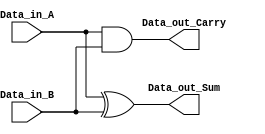
module half_adder(
    Data_in_A,
    Data_in_B,
    Data_out_Sum,
    Data_out_Carry
    );

    //what are the input ports.
    input Data_in_A;
    input Data_in_B;
    //What are the output ports.
    output Data_out_Sum;
     output Data_out_Carry;
     
     //Implement the Sum and Carry equations using Verilog Bit operators.
     assign Data_out_Sum = Data_in_A ^ Data_in_B;  //XOR operation
     assign Data_out_Carry = Data_in_A & Data_in_B; //AND operation
    
endmodule

module full_adder(
    Data_in_A,  //input A
    Data_in_B,  //input B
    Data_in_C,  //input C
     Data_out_Sum,
     Data_out_Carry
    );

    //what are the input ports.
    input Data_in_A;
    input Data_in_B;
     input Data_in_C;
    //What are the output ports.
    output Data_out_Sum;
     output Data_out_Carry;
     //Internal variables
     wire ha1_sum;
     wire ha2_sum;
     wire ha1_carry;
     wire ha2_carry;
     wire Data_out_Sum;
     wire Data_out_Carry;

     //Instantiate the half adder 1
    half_adder  ha1(
        .Data_in_A(Data_in_A),
        .Data_in_B(Data_in_B),
        .Data_out_Sum(ha1_sum),
        .Data_out_Carry(ha1_carry)
    );
    
    //Instantiate the half adder 2
    half_adder  ha2(
        .Data_in_A(Data_in_C),
        .Data_in_B(ha1_sum),
        .Data_out_Sum(ha2_sum),
        .Data_out_Carry(ha2_carry)
    );

    //sum output from 2nd half adder is connected to full adder output
    assign Data_out_Sum = ha2_sum;  
    //The carry's from both the half adders are OR'ed to get the final carry./
    assign Data_out_Carry = ha1_carry | ha2_carry;
    
endmodule

module wallace32(compA, compB, prod, ovf);
    input [31:0] compA, compB;
    output [31:0] prod;
	output ovf; // Overflow

	wire [63:0] p;

	// If MSB = 1 do twos comp
	wire [31:0] a, b;
	assign a = compA[31] ? (~compA) + 1 : compA; // 2s comp A to positive
	assign b = compB[31] ? (~compB) + 1 : compB; // 2s comp B to positive

	// Flag to check for 2s comp flip
	wire twosComp;
	assign twosComp = compA[31] ^ compB[31];

	wire [63:0] compProd;
	assign compProd = twosComp ? (~p) + 1 : p;

	// Check overflow into high 32 bits
	wire allones, allzeros, highBit, msb_match;
	assign allones = & compProd[63:32];
	assign allzeros = | compProd[63:32];
	assign topAllSame = allones ^ allzeros; //ovf = 1 if !allzeros and !allones
	assign msb_match = allzeros ^ compProd[31];
	assign ovf = topAllSame | msb_match; //signMismatch;// || zero2it;*/


	//Check if a != 0, b != 0, and p = 0 then ovf
	/*wire zeroOvf, zero2it;
	assign zeroOvf = a && b && ~p[31:0];
	//check signs match
	wire signMismatch;
	xor(signMismatch, a[31], b[31], p[31]); //(a[31] & b[31] & p[31]) | (a[31] & ~b[31] & ~p[31]) | (~a[31] & ~b[31] & p[31]) | (~a[31] & b[31] & ~p[31]);
	
	// Ovf if mismatch | highBit
	assign zero2it = (signMismatch == 0) && (zeroOvf == 1);
	assign ovf = signMismatch;*/


	//Assign lower half of p
	assign prod = compProd[31:0];


    wire Cout;

wire [32:0] c1;
wire [32:0] c2;
wire [32:0] c3;
wire [32:0] c4;
wire [32:0] c5;
wire [32:0] c6;
wire [32:0] c7;
wire [32:0] c8;
wire [32:0] c9;
wire [32:0] c10;
wire [32:0] c11;
wire [32:0] c12;
wire [32:0] c13;
wire [32:0] c14;
wire [32:0] c15;
wire [32:0] c16;
wire [32:0] c17;
wire [32:0] c18;
wire [32:0] c19;
wire [32:0] c20;
wire [32:0] c21;
wire [32:0] c22;
wire [32:0] c23;
wire [32:0] c24;
wire [32:0] c25;
wire [32:0] c26;
wire [32:0] c27;
wire [32:0] c28;
wire [32:0] c29;
wire [32:0] c30;
wire [32:0] c31;
wire [32:0] c32;
assign c1[0] = 1'b0;
assign c2[0] = 1'b0;
assign c3[0] = 1'b0;
assign c4[0] = 1'b0;
assign c5[0] = 1'b0;
assign c6[0] = 1'b0;
assign c7[0] = 1'b0;
assign c8[0] = 1'b0;
assign c9[0] = 1'b0;
assign c10[0] = 1'b0;
assign c11[0] = 1'b0;
assign c12[0] = 1'b0;
assign c13[0] = 1'b0;
assign c14[0] = 1'b0;
assign c15[0] = 1'b0;
assign c16[0] = 1'b0;
assign c17[0] = 1'b0;
assign c18[0] = 1'b0;
assign c19[0] = 1'b0;
assign c20[0] = 1'b0;
assign c21[0] = 1'b0;
assign c22[0] = 1'b0;
assign c23[0] = 1'b0;
assign c24[0] = 1'b0;
assign c25[0] = 1'b0;
assign c26[0] = 1'b0;
assign c27[0] = 1'b0;
assign c28[0] = 1'b0;
assign c29[0] = 1'b0;
assign c30[0] = 1'b0;
assign c31[0] = 1'b0;
assign c32[0] = 1'b0;
wire [32:0] s1;
wire [32:0] s2;
wire [32:0] s3;
wire [32:0] s4;
wire [32:0] s5;
wire [32:0] s6;
wire [32:0] s7;
wire [32:0] s8;
wire [32:0] s9;
wire [32:0] s10;
wire [32:0] s11;
wire [32:0] s12;
wire [32:0] s13;
wire [32:0] s14;
wire [32:0] s15;
wire [32:0] s16;
wire [32:0] s17;
wire [32:0] s18;
wire [32:0] s19;
wire [32:0] s20;
wire [32:0] s21;
wire [32:0] s22;
wire [32:0] s23;
wire [32:0] s24;
wire [32:0] s25;
wire [32:0] s26;
wire [32:0] s27;
wire [32:0] s28;
wire [32:0] s29;
wire [32:0] s30;
wire [32:0] s31;
wire [32:0] s32;
wire [32:0] s33;
wire [31:0] w1;
wire [31:0] w2;
wire [31:0] w3;
wire [31:0] w4;
wire [31:0] w5;
wire [31:0] w6;
wire [31:0] w7;
wire [31:0] w8;
wire [31:0] w9;
wire [31:0] w10;
wire [31:0] w11;
wire [31:0] w12;
wire [31:0] w13;
wire [31:0] w14;
wire [31:0] w15;
wire [31:0] w16;
wire [31:0] w17;
wire [31:0] w18;
wire [31:0] w19;
wire [31:0] w20;
wire [31:0] w21;
wire [31:0] w22;
wire [31:0] w23;
wire [31:0] w24;
wire [31:0] w25;
wire [31:0] w26;
wire [31:0] w27;
wire [31:0] w28;
wire [31:0] w29;
wire [31:0] w30;
wire [31:0] w31;
wire [31:0] w32;

    genvar i;
    generate
        for (i = 0; i < 32; i = i + 1) begin
            assign s1[i] = a[i] & b[0];
        end
    endgenerate

//--------------- LVL 2 --------------------------
genvar ab;
generate
	for (ab = 0; ab < 31; ab = ab + 1) begin
		assign w1[ab] = a[ab] & b[1];
		full_adder f2(w1[ab], s1[ab + 1], c1[ab], s2[ab], c1[ab + 1]);
	end
endgenerate
assign w1[31] = a[31] & b[1];
full_adder f313(w1[31], 1'b0, c1[31], s2[31], c1[32]);

//--------------- LVL 3 --------------------------
genvar ac;
generate
	for (ac = 0; ac < 31; ac = ac + 1) begin
		assign w2[ac] = a[ac] & b[2];
		full_adder f3(w2[ac], s2[ac + 1], c2[ac], s3[ac], c2[ac + 1]);
	end
endgenerate
assign w2[31] = a[31] & b[2];
full_adder f314(w2[31], c1[32], c2[31], s3[31], c2[32]);

//--------------- LVL 4 --------------------------
genvar ad;
generate
	for (ad = 0; ad < 31; ad = ad + 1) begin
		assign w3[ad] = a[ad] & b[3];
		full_adder f4(w3[ad], s3[ad + 1], c3[ad], s4[ad], c3[ad + 1]);
	end
endgenerate
assign w3[31] = a[31] & b[3];
full_adder f315(w3[31], c2[32], c3[31], s4[31], c3[32]);

//--------------- LVL 5 --------------------------
genvar ae;
generate
	for (ae = 0; ae < 31; ae = ae + 1) begin
		assign w4[ae] = a[ae] & b[4];
		full_adder f5(w4[ae], s4[ae + 1], c4[ae], s5[ae], c4[ae + 1]);
	end
endgenerate
assign w4[31] = a[31] & b[4];
full_adder f316(w4[31], c3[32], c4[31], s5[31], c4[32]);

//--------------- LVL 6 --------------------------
genvar af;
generate
	for (af = 0; af < 31; af = af + 1) begin
		assign w5[af] = a[af] & b[5];
		full_adder f6(w5[af], s5[af + 1], c5[af], s6[af], c5[af + 1]);
	end
endgenerate
assign w5[31] = a[31] & b[5];
full_adder f317(w5[31], c4[32], c5[31], s6[31], c5[32]);

//--------------- LVL 7 --------------------------
genvar ag;
generate
	for (ag = 0; ag < 31; ag = ag + 1) begin
		assign w6[ag] = a[ag] & b[6];
		full_adder f7(w6[ag], s6[ag + 1], c6[ag], s7[ag], c6[ag + 1]);
	end
endgenerate
assign w6[31] = a[31] & b[6];
full_adder f318(w6[31], c5[32], c6[31], s7[31], c6[32]);

//--------------- LVL 8 --------------------------
genvar ah;
generate
	for (ah = 0; ah < 31; ah = ah + 1) begin
		assign w7[ah] = a[ah] & b[7];
		full_adder f8(w7[ah], s7[ah + 1], c7[ah], s8[ah], c7[ah + 1]);
	end
endgenerate
assign w7[31] = a[31] & b[7];
full_adder f319(w7[31], c6[32], c7[31], s8[31], c7[32]);

//--------------- LVL 9 --------------------------
genvar ai;
generate
	for (ai = 0; ai < 31; ai = ai + 1) begin
		assign w8[ai] = a[ai] & b[8];
		full_adder f9(w8[ai], s8[ai + 1], c8[ai], s9[ai], c8[ai + 1]);
	end
endgenerate
assign w8[31] = a[31] & b[8];
full_adder f3110(w8[31], c7[32], c8[31], s9[31], c8[32]);

//--------------- LVL 10 --------------------------
genvar aj;
generate
	for (aj = 0; aj < 31; aj = aj + 1) begin
		assign w9[aj] = a[aj] & b[9];
		full_adder f10(w9[aj], s9[aj + 1], c9[aj], s10[aj], c9[aj + 1]);
	end
endgenerate
assign w9[31] = a[31] & b[9];
full_adder f3111(w9[31], c8[32], c9[31], s10[31], c9[32]);

//--------------- LVL 11 --------------------------
genvar ak;
generate
	for (ak = 0; ak < 31; ak = ak + 1) begin
		assign w10[ak] = a[ak] & b[10];
		full_adder f11(w10[ak], s10[ak + 1], c10[ak], s11[ak], c10[ak + 1]);
	end
endgenerate
assign w10[31] = a[31] & b[10];
full_adder f3112(w10[31], c9[32], c10[31], s11[31], c10[32]);

//--------------- LVL 12 --------------------------
genvar al;
generate
	for (al = 0; al < 31; al = al + 1) begin
		assign w11[al] = a[al] & b[11];
		full_adder f12(w11[al], s11[al + 1], c11[al], s12[al], c11[al + 1]);
	end
endgenerate
assign w11[31] = a[31] & b[11];
full_adder f3113(w11[31], c10[32], c11[31], s12[31], c11[32]);

//--------------- LVL 13 --------------------------
genvar am;
generate
	for (am = 0; am < 31; am = am + 1) begin
		assign w12[am] = a[am] & b[12];
		full_adder f13(w12[am], s12[am + 1], c12[am], s13[am], c12[am + 1]);
	end
endgenerate
assign w12[31] = a[31] & b[12];
full_adder f3114(w12[31], c11[32], c12[31], s13[31], c12[32]);

//--------------- LVL 14 --------------------------
genvar an;
generate
	for (an = 0; an < 31; an = an + 1) begin
		assign w13[an] = a[an] & b[13];
		full_adder f14(w13[an], s13[an + 1], c13[an], s14[an], c13[an + 1]);
	end
endgenerate
assign w13[31] = a[31] & b[13];
full_adder f3115(w13[31], c12[32], c13[31], s14[31], c13[32]);

//--------------- LVL 15 --------------------------
genvar ao;
generate
	for (ao = 0; ao < 31; ao = ao + 1) begin
		assign w14[ao] = a[ao] & b[14];
		full_adder f15(w14[ao], s14[ao + 1], c14[ao], s15[ao], c14[ao + 1]);
	end
endgenerate
assign w14[31] = a[31] & b[14];
full_adder f3116(w14[31], c13[32], c14[31], s15[31], c14[32]);

//--------------- LVL 16 --------------------------
genvar ap;
generate
	for (ap = 0; ap < 31; ap = ap + 1) begin
		assign w15[ap] = a[ap] & b[15];
		full_adder f16(w15[ap], s15[ap + 1], c15[ap], s16[ap], c15[ap + 1]);
	end
endgenerate
assign w15[31] = a[31] & b[15];
full_adder f3117(w15[31], c14[32], c15[31], s16[31], c15[32]);

//--------------- LVL 17 --------------------------
genvar aq;
generate
	for (aq = 0; aq < 31; aq = aq + 1) begin
		assign w16[aq] = a[aq] & b[16];
		full_adder f17(w16[aq], s16[aq + 1], c16[aq], s17[aq], c16[aq + 1]);
	end
endgenerate
assign w16[31] = a[31] & b[16];
full_adder f3118(w16[31], c15[32], c16[31], s17[31], c16[32]);

//--------------- LVL 18 --------------------------
genvar ar;
generate
	for (ar = 0; ar < 31; ar = ar + 1) begin
		assign w17[ar] = a[ar] & b[17];
		full_adder f18(w17[ar], s17[ar + 1], c17[ar], s18[ar], c17[ar + 1]);
	end
endgenerate
assign w17[31] = a[31] & b[17];
full_adder f3119(w17[31], c16[32], c17[31], s18[31], c17[32]);

//--------------- LVL 19 --------------------------
genvar as;
generate
	for (as = 0; as < 31; as = as + 1) begin
		assign w18[as] = a[as] & b[18];
		full_adder f19(w18[as], s18[as + 1], c18[as], s19[as], c18[as + 1]);
	end
endgenerate
assign w18[31] = a[31] & b[18];
full_adder f3120(w18[31], c17[32], c18[31], s19[31], c18[32]);

//--------------- LVL 20 --------------------------
genvar at;
generate
	for (at = 0; at < 31; at = at + 1) begin
		assign w19[at] = a[at] & b[19];
		full_adder f20(w19[at], s19[at + 1], c19[at], s20[at], c19[at + 1]);
	end
endgenerate
assign w19[31] = a[31] & b[19];
full_adder f3121(w19[31], c18[32], c19[31], s20[31], c19[32]);

//--------------- LVL 21 --------------------------
genvar au;
generate
	for (au = 0; au < 31; au = au + 1) begin
		assign w20[au] = a[au] & b[20];
		full_adder f21(w20[au], s20[au + 1], c20[au], s21[au], c20[au + 1]);
	end
endgenerate
assign w20[31] = a[31] & b[20];
full_adder f3122(w20[31], c19[32], c20[31], s21[31], c20[32]);

//--------------- LVL 22 --------------------------
genvar av;
generate
	for (av = 0; av < 31; av = av + 1) begin
		assign w21[av] = a[av] & b[21];
		full_adder f22(w21[av], s21[av + 1], c21[av], s22[av], c21[av + 1]);
	end
endgenerate
assign w21[31] = a[31] & b[21];
full_adder f3123(w21[31], c20[32], c21[31], s22[31], c21[32]);

//--------------- LVL 23 --------------------------
genvar aw;
generate
	for (aw = 0; aw < 31; aw = aw + 1) begin
		assign w22[aw] = a[aw] & b[22];
		full_adder f23(w22[aw], s22[aw + 1], c22[aw], s23[aw], c22[aw + 1]);
	end
endgenerate
assign w22[31] = a[31] & b[22];
full_adder f3124(w22[31], c21[32], c22[31], s23[31], c22[32]);

//--------------- LVL 24 --------------------------
genvar ax;
generate
	for (ax = 0; ax < 31; ax = ax + 1) begin
		assign w23[ax] = a[ax] & b[23];
		full_adder f24(w23[ax], s23[ax + 1], c23[ax], s24[ax], c23[ax + 1]);
	end
endgenerate
assign w23[31] = a[31] & b[23];
full_adder f3125(w23[31], c22[32], c23[31], s24[31], c23[32]);

//--------------- LVL 25 --------------------------
genvar ay;
generate
	for (ay = 0; ay < 31; ay = ay + 1) begin
		assign w24[ay] = a[ay] & b[24];
		full_adder f25(w24[ay], s24[ay + 1], c24[ay], s25[ay], c24[ay + 1]);
	end
endgenerate
assign w24[31] = a[31] & b[24];
full_adder f3126(w24[31], c23[32], c24[31], s25[31], c24[32]);

//--------------- LVL 26 --------------------------
genvar az;
generate
	for (az = 0; az < 31; az = az + 1) begin
		assign w25[az] = a[az] & b[25];
		full_adder f26(w25[az], s25[az + 1], c25[az], s26[az], c25[az + 1]);
	end
endgenerate
assign w25[31] = a[31] & b[25];
full_adder f3127(w25[31], c24[32], c25[31], s26[31], c25[32]);

//--------------- LVL 27 --------------------------
genvar ba;
generate
	for (ba = 0; ba < 31; ba = ba + 1) begin
		assign w26[ba] = a[ba] & b[26];
		full_adder f27(w26[ba], s26[ba + 1], c26[ba], s27[ba], c26[ba + 1]);
	end
endgenerate
assign w26[31] = a[31] & b[26];
full_adder f3128(w26[31], c25[32], c26[31], s27[31], c26[32]);

//--------------- LVL 28 --------------------------
genvar bb;
generate
	for (bb = 0; bb < 31; bb = bb + 1) begin
		assign w27[bb] = a[bb] & b[27];
		full_adder f28(w27[bb], s27[bb + 1], c27[bb], s28[bb], c27[bb + 1]);
	end
endgenerate
assign w27[31] = a[31] & b[27];
full_adder f3129(w27[31], c26[32], c27[31], s28[31], c27[32]);

//--------------- LVL 29 --------------------------
genvar bc;
generate
	for (bc = 0; bc < 31; bc = bc + 1) begin
		assign w28[bc] = a[bc] & b[28];
		full_adder f29(w28[bc], s28[bc + 1], c28[bc], s29[bc], c28[bc + 1]);
	end
endgenerate
assign w28[31] = a[31] & b[28];
full_adder f3130(w28[31], c27[32], c28[31], s29[31], c28[32]);

//--------------- LVL 30 --------------------------
genvar bd;
generate
	for (bd = 0; bd < 31; bd = bd + 1) begin
		assign w29[bd] = a[bd] & b[29];
		full_adder f30(w29[bd], s29[bd + 1], c29[bd], s30[bd], c29[bd + 1]);
	end
endgenerate
assign w29[31] = a[31] & b[29];
full_adder f3131(w29[31], c28[32], c29[31], s30[31], c29[32]);

//--------------- LVL 31 --------------------------
genvar be;
generate
	for (be = 0; be < 31; be = be + 1) begin
		assign w30[be] = a[be] & b[30];
		full_adder f31(w30[be], s30[be + 1], c30[be], s31[be], c30[be + 1]);
	end
endgenerate
assign w30[31] = a[31] & b[30];
full_adder f3132(w30[31], c29[32], c30[31], s31[31], c30[32]);

//--------------- LVL 32 --------------------------
genvar bf;
generate
	for (bf = 0; bf < 31; bf = bf + 1) begin
		assign w31[bf] = a[bf] & b[31];
		full_adder f32(w31[bf], s31[bf + 1], c31[bf], s32[bf], c31[bf + 1]);
	end
endgenerate
assign w31[31] = a[31] & b[31];
full_adder f3133(w31[31], c30[32], c31[31], s32[31], c31[32]);

genvar m; 
    generate
        for (m = 0; m < 31; m = m + 1) begin
            assign w32[m] = a[m] & 1'b0;
            full_adder fend(w32[m], s32[m + 1], c32[m], s33[m], c32[m + 1]);
        end
    endgenerate

    assign w32[31] = a[31] & 1'b0;
    full_adder fend2(w32[31], c31[32], c32[31], s33[31], Cout);

    // Assign outputs
assign p[0] = s1[0];
assign p[1] = s2[0];
assign p[2] = s3[0];
assign p[3] = s4[0];
assign p[4] = s5[0];
assign p[5] = s6[0];
assign p[6] = s7[0];
assign p[7] = s8[0];
assign p[8] = s9[0];
assign p[9] = s10[0];
assign p[10] = s11[0];
assign p[11] = s12[0];
assign p[12] = s13[0];
assign p[13] = s14[0];
assign p[14] = s15[0];
assign p[15] = s16[0];
assign p[16] = s17[0];
assign p[17] = s18[0];
assign p[18] = s19[0];
assign p[19] = s20[0];
assign p[20] = s21[0];
assign p[21] = s22[0];
assign p[22] = s23[0];
assign p[23] = s24[0];
assign p[24] = s25[0];
assign p[25] = s26[0];
assign p[26] = s27[0];
assign p[27] = s28[0];
assign p[28] = s29[0];
assign p[29] = s30[0];
assign p[30] = s31[0];
assign p[31] = s32[0];
assign p[32] = s33[0];
assign p[33] = s33[0];
assign p[34] = s33[1];
assign p[35] = s33[2];
assign p[36] = s33[3];
assign p[37] = s33[4];
assign p[38] = s33[5];
assign p[39] = s33[6];
assign p[40] = s33[7];
assign p[41] = s33[8];
assign p[42] = s33[9];
assign p[43] = s33[10];
assign p[44] = s33[11];
assign p[45] = s33[12];
assign p[46] = s33[13];
assign p[47] = s33[14];
assign p[48] = s33[15];
assign p[49] = s33[16];
assign p[50] = s33[17];
assign p[51] = s33[18];
assign p[52] = s33[19];
assign p[53] = s33[20];
assign p[54] = s33[21];
assign p[55] = s33[22];
assign p[56] = s33[23];
assign p[57] = s33[24];
assign p[58] = s33[25];
assign p[59] = s33[26];
assign p[60] = s33[27];
assign p[61] = s33[28];
assign p[62] = s33[29];
assign p[63] = s33[30];
endmodule

 module div(  
   input clk,  
   input reset,  
   input start,  
   input [31:0] A,  
   input [31:0] B,  
   output [31:0] D,  
   output [31:0] R,  
   output ok,   // =1 when ready to get the result   
    output err  
   );  
   reg       active;   // True if the divider is running  
   reg [4:0]    cycle;   // Number of cycles to go  
   reg [31:0]   result;   // Begin with A, end with D  
   reg [31:0]   denom;   // B  
   reg [31:0]   work;    // Running R  

   // Send the results to our master  
   //assign D = result;  
   assign R = work;  

  reg running, done;
  reg [31:0] m;
  reg [31:0] mComp; //twos comp of m
  reg [63:0] aq;
  reg [4:0] n; // counter

  assign ok = done;

  // temp regs
  reg [31:0] subReg, addReg;

  //assign ok = ~(start | running);

  // If MSB = 1 do twos comp
	wire [31:0] a, b;
	assign a = A[31] ? (~A) + 1 : A; // 2s comp A to positive
	assign b = B[31] ? (~B) + 1 : B; // 2s comp B to positive

  // Flag to check for 2s comp flip
	wire twosComp;
	assign twosComp = A[31] ^ B[31];

  wire [63:0] compRes, ans;
	assign compRes = twosComp ? (~result) + 1 : result;
  assign ans = compRes * 2;

  assign err = (~|B) ? 1'b1 : 1'b0;
  assign D = (~|B) ? 1'b0 : ans;

  always @(posedge clk) begin

    if (start) begin
      //Initialize regs
      m = b;
      mComp = (~b) + 1'b1; 
      aq[63:32] = 32'b0; // high half = 0
      aq[31:0] = a; // low half = A
      n = 5'd31; // from 31 to 0
      running = 1; // keep running
      done = 0;
    end 
    if (running) begin
      if (n == 0) begin
        running = 0; // stop running

        //final branch
        addReg = aq[63:32] + m;
        aq[63:32] = aq[63] ? addReg : aq[63:32];

        result = aq[31:0];
        done = 1'b1;
      end
      
      aq = aq << 1;//sla aq
      
      // Precalc first branchesl
      subReg = aq[63:32] + mComp;
      addReg = aq[63:32] + m;
      //First split
      aq[63:32] = aq[63] ? addReg : subReg;

      //second branch
      aq[0] = aq[63] ? 1'b0 : 1'b1; 

      //decrement counter
      n = n - 5'd1;
    end
   end
 endmodule   

module multdiv(
	data_operandA, data_operandB, 
	ctrl_MULT, ctrl_DIV, 
	clock, 
	data_result, data_exception, data_resultRDY);

    input [31:0] data_operandA, data_operandB;
    input ctrl_MULT, ctrl_DIV, clock;

    output [31:0] data_result;
    output data_exception, data_resultRDY;

    // add your code here
    /*
    input clk,  
       input reset,  
   input start,  
   input [31:0] A,  
   input [31:0] B,  
   output [31:0] D,  
   output [31:0] R,  
   output ok,   // =1 when ready to get the result   
    output err   */
   wire [31:0] remainder, div_res, mult_res;
   wire div_ex, mult_ex, div_ready;
   reg divLatch;
   wire ex, ready;
   wire [31:0] result;
   
    div divider(clock, 1'b0, ctrl_DIV, data_operandA, data_operandB, div_res, remainder, div_ready, div_ex);
    wallace32 mult(data_operandA, data_operandB, mult_res, mult_ex);

    assign data_exception = ex;
    assign data_result = result;
    assign data_resultRDY = ready;

    assign result = divLatch ? div_res : mult_res;
    assign ex = divLatch ? div_ex : mult_ex;
    assign ready = divLatch ? div_ready : 1'b1;

    always @(posedge clock) begin
      if (ctrl_DIV) begin
        divLatch = 1;
      end else if (ctrl_MULT) begin
        divLatch = 0;
      end
    end
endmodule